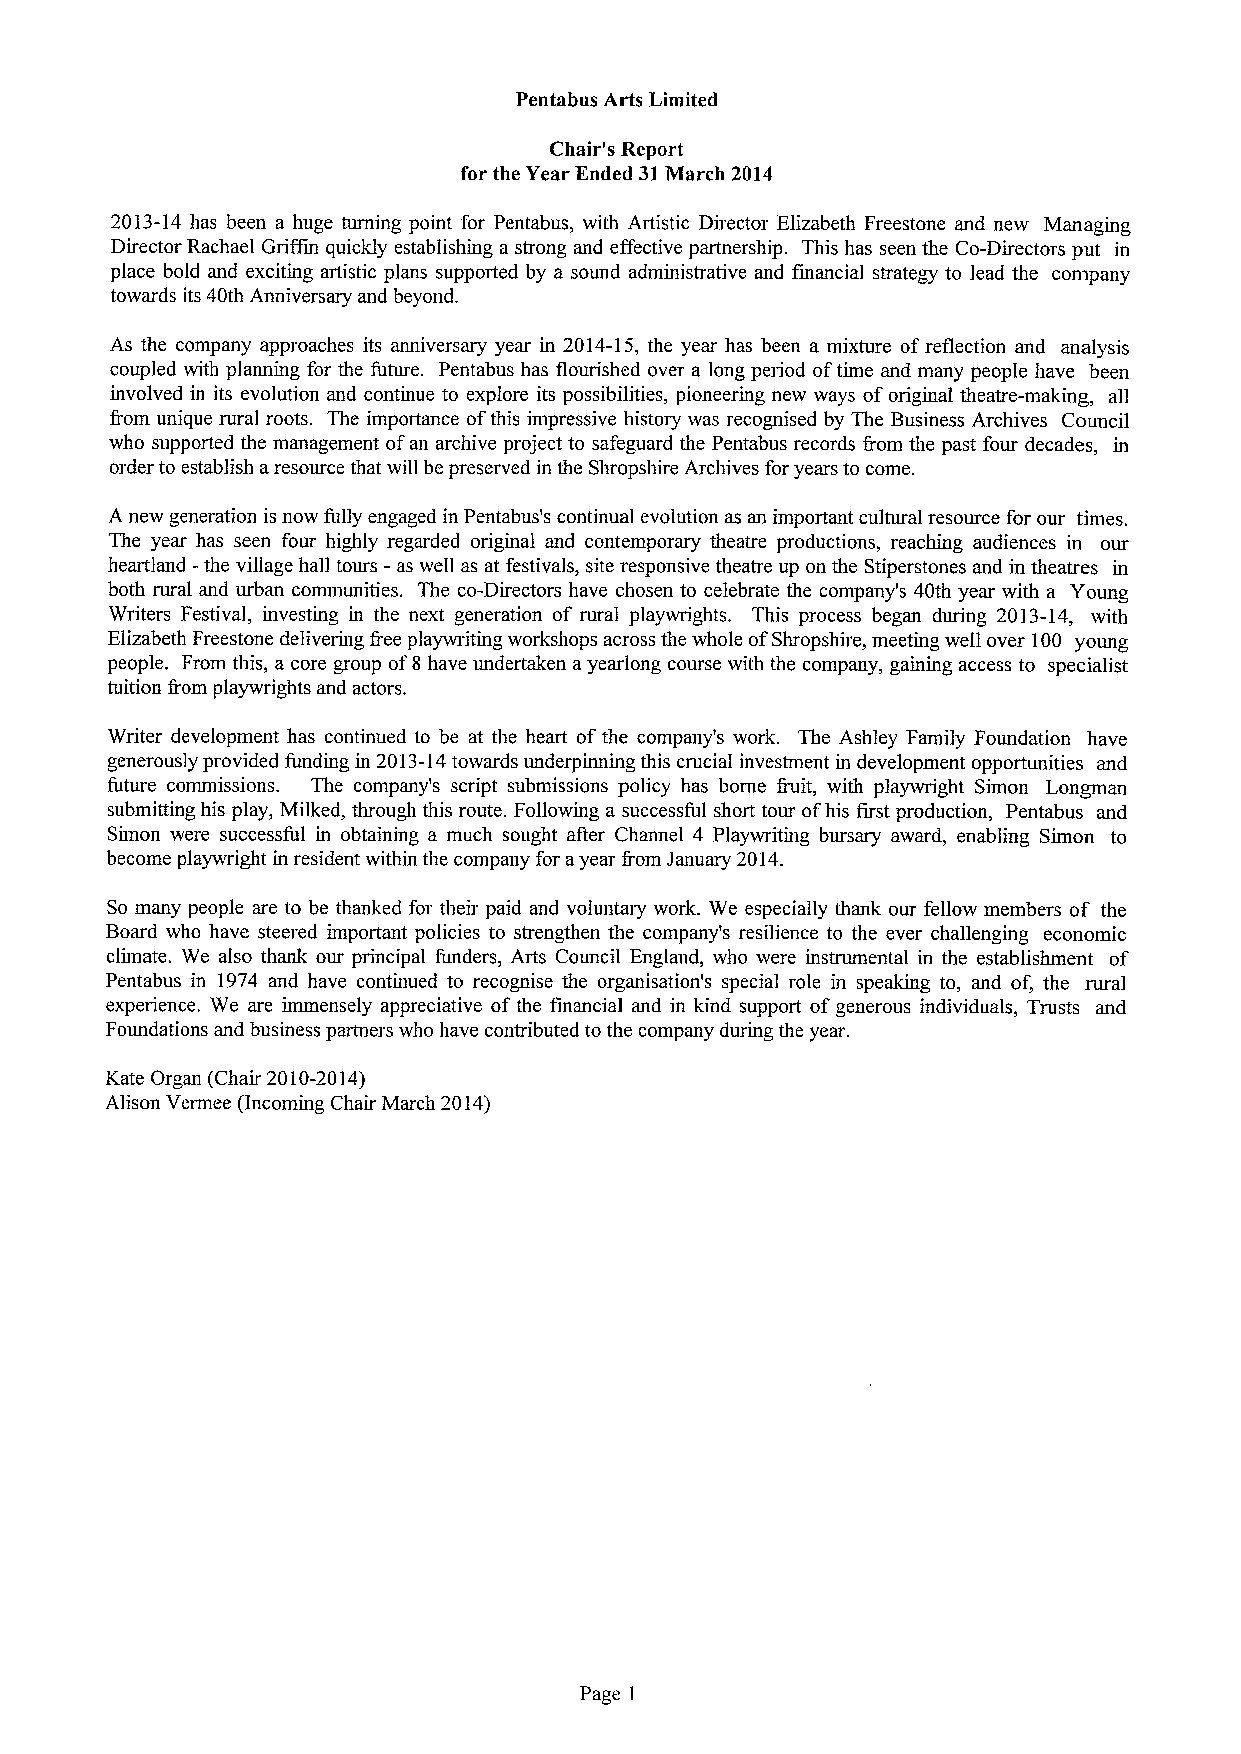
Pentabus Arts Limited
 Chair's Report
 for the Year Ended 31March 2014
 2013-14has been a huge turning point for Pentabus, with Artistic Director Elizabeth Freestone and new Managing
 Director Rachael Griffin quickly establishing a strong and effective partnership. This has seen the Co-Directors put in
 place bold and exciting artistic plans supported by a sound administrative and financial strategy to lead the company
 towards its 40th Anniversary and beyond.
 As the company approaches its anniversary year in 2014-15, the year has been a mixture ofreflection and analysis
 coupled with planning for the future. Pentabus has flourished over a long period oftime and many people have been
 involved in its evolution and continue to explore its possibilities, pioneering new ways oforiginal theatre-making, all
 f'rom unique rural roots. The importance ofthis impressive history was recognised by The Business Archives Council
 who supported the management ofan archive project to safeguard the Pentabus records from the past four decades, in
 order to establish aresource that will be preserved in the Shropshire Archives for years to come.
 A new generation is now fully engaged in Pentabus's continual evolution as an important cultural resource for our times.
 The year has seen four highly regarded original and contemporary theatre productions, reaching audiences in our
 heartland -the village hall tours - as well as at festivals, site responsive theatre up on the Stiperstones and in theatres in
 both rural and urban communities. The co-Directors have chosen to celebrate the company's 40th year with a Young
 Writers Festival, investing in the next generation of rural playwrights. This process began during 2013-14, with
 Elizabeth Freestone delivering f'ree playwriting workshops across the whole ofShropshire, meeting well over 100 young
 people. From this, a core group of8 have undertaken ayearlong course with the company, gaining access to specialist
 tuition Rom playwrights and actors.
 Writer development has continued to be at the heart ofthe company's work. The Ashley Family Foundation have
 generously provided funding in 2013-14towards underpinning this crucial investment in development opportunities and
 future commissions. The company's script submissions policy has borne fruit, with playwright Simon Longman
 submitting his play, Milked, through this route. Following a successful short tour ofhis first production, Pentabus and
 Simon were successful in obtaining a much sought after Channel 4 Playwriting bursary award, enabling Simon to
 become playwright in resident within the company for ayear from January 2014.
 So many people are to be thanked for their paid and voluntary work. We especially thank our fellow members of the
 Board who have steered important policies to strengthen the company's resilience to the ever challenging economic
 climate. We also thank our principal funders, Arts Council England, who were instrumental in the establishment of
 Pentabus in 1974 and have continued to recognise the organisation's special role in speaking to, and of, the rural
 experience. We are immensely appreciative ofthe financial and in kind support ofgenerous individuals, Trusts and
 Foundations and business partners who have contributed to the company during the year.
 Kate Organ (Chair 2010-2014)
 Alison Vermee (Incoming Chair March 2014)
 Page 1